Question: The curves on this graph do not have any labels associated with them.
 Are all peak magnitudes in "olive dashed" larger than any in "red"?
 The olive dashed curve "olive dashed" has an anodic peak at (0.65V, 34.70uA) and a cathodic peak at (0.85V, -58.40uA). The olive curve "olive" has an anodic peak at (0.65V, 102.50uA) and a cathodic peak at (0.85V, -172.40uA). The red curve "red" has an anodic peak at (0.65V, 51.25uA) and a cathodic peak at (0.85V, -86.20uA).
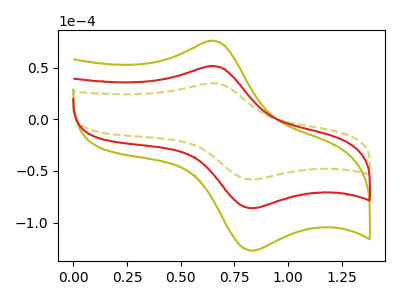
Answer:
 <answer>Every peak in "olive dashed" is lower than every peak in "red".</answer>
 <eval>lower</eval>